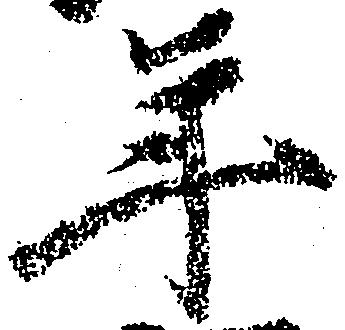
年